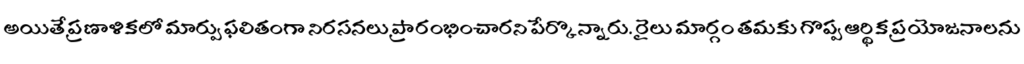
అయితే ప్రణాళికలో మార్పు ఫలితంగా నిరసనలు ప్రారంభించారని పేర్కొన్నారు. రైలు మార్గం తమకు గొప్ప ఆర్థిక ప్రయోజనాలను